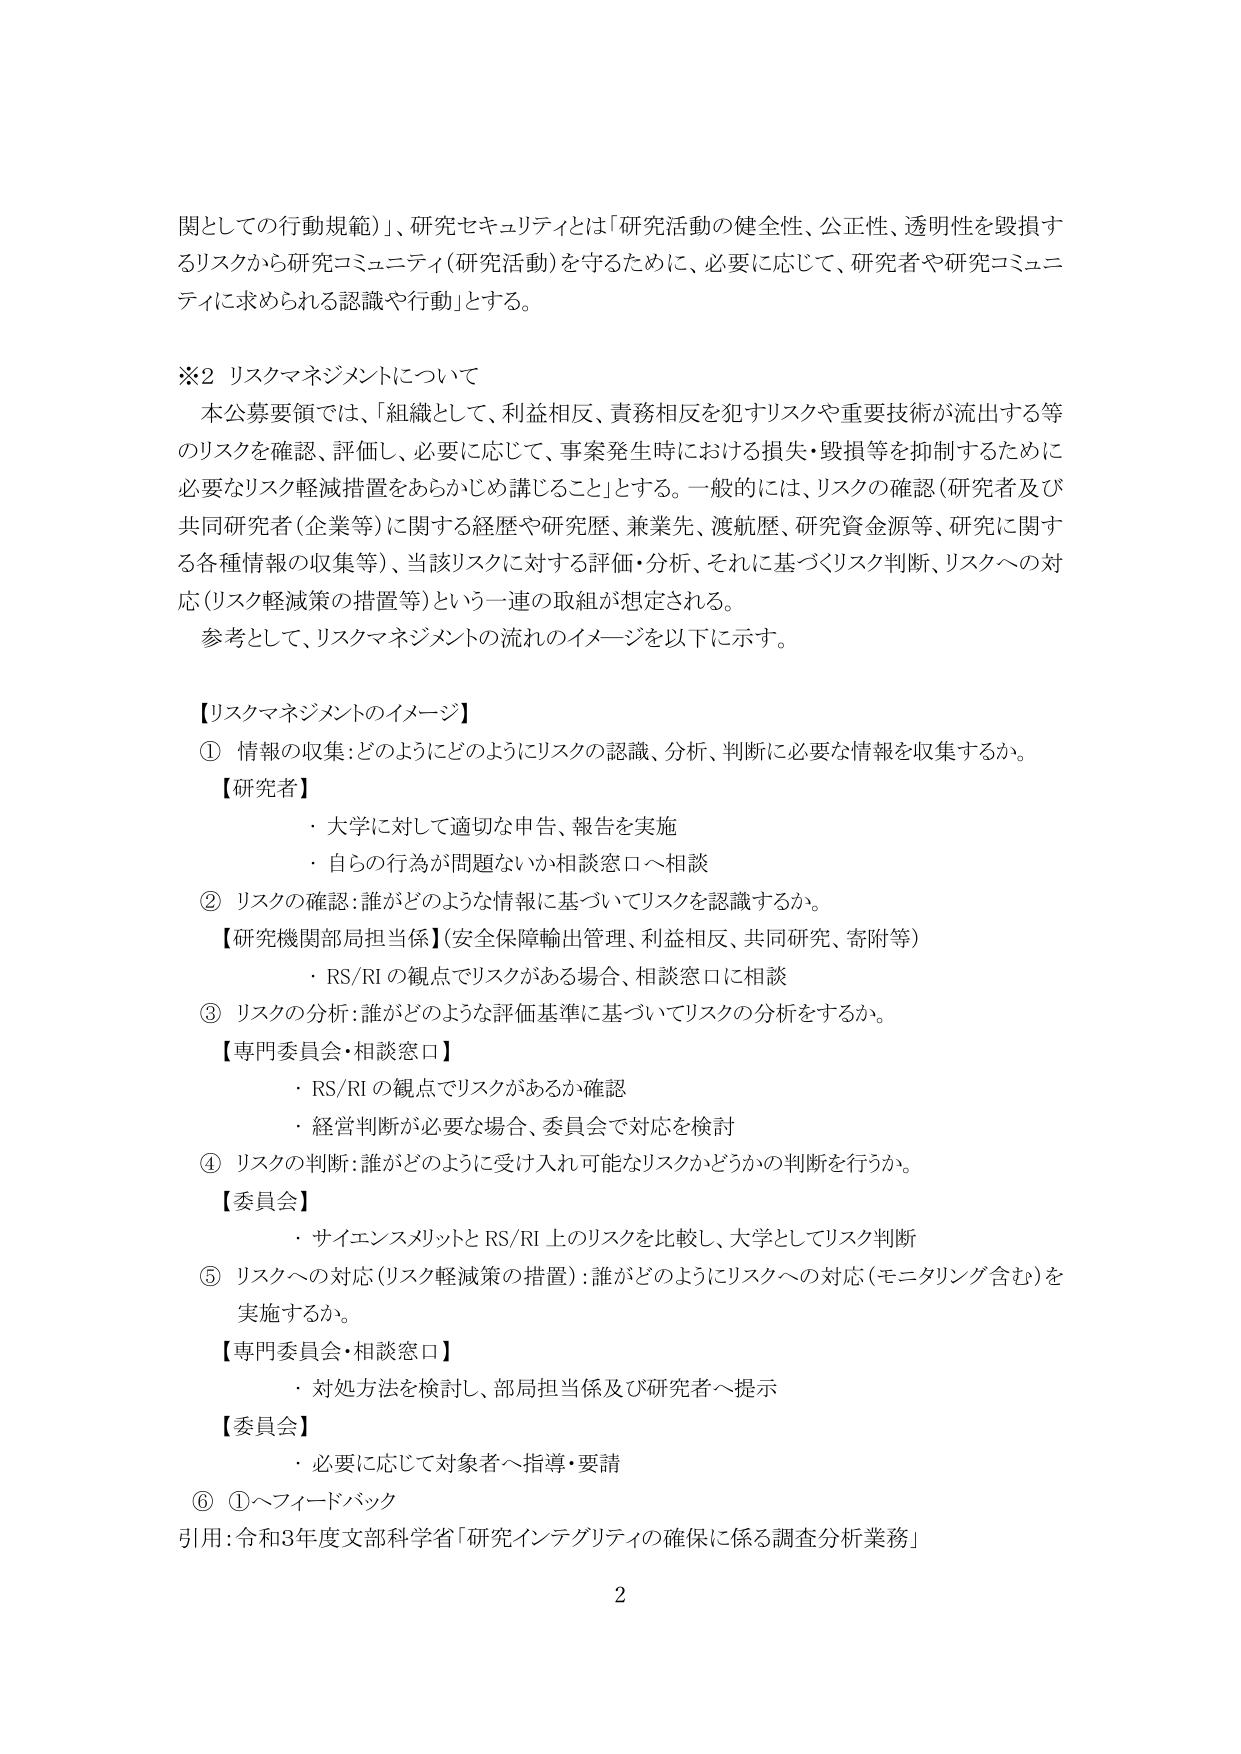
関しての行動規範）」、研究セキュリティとは「研究活動の健全性、公正性、透明性を毀損するリスクから研究コミュニティ（研究活動）を守るために、必要に応じて、研究者や研究コミュニティに求められる認識や行動」とする。

※2 リスクマネジメントについて
本公募要領では、「組織として、利益相反、責務相反を犯すリスクや重要技術が流出する等のリスクを確認、評価し、必要に応じて、事案発生時における損失・毀損等を抑制するために必要なリスク軽減措置をあらかじめ講じること」とする。一般的には、リスクの確認（研究者及び共同研究者（企業等）に関する経歴や研究歴、兼業先、渡航歴、研究資金源等、研究に関する各種情報の収集等）、当該リスクに対する評価・分析、それに基づくリスク判断、リスクへの対応（リスク軽減策の措置等）という一連の取組が想定される。
参考として、リスクマネジメントの流れのイメージを以下に示す。

【リスクマネジメントのイメージ】
① 情報の収集：どのようにどのようにリスクの認識、分析、判断に必要な情報を収集するか。
【研究者】
・大学に対して適切な申告、報告を実施
・自らの行為が問題ないか相談窓口へ相談
② リスクの確認：誰がどのような情報に基づいてリスクを認識するか。
【研究機関部局担当者】（安全保障輸出管理、利益相反、共同研究、寄附等）
・RS/RI の観点でリスクがある場合、相談窓口に相談
③ リスクの分析：誰がどのような評価基準に基づいてリスクの分析をするか。
【専門委員会・相談窓口】
・RS/RI の観点でリスクがあるか確認
・経営判断が必要な場合、委員会で対応を検討
④ リスクの判断：誰がどのように受け入れ可能なリスクかどうかの判断を行うか。
【委員会】
・サイエンスメリットと RS/RI 上のリスクを比較し、大学としてリスク判断
⑤ リスクへの対応（リスク軽減策の措置）：誰がどのようにリスクへの対応（モニタリング含む）を実施するか。
【専門委員会・相談窓口】
・対処方法を検討し、部局担当係及び研究者へ提示
【委員会】
・必要に応じて対象者へ指導・要請
⑥ ①へフィードバック
引用：令和3年度文部科学省「研究インテグリティの確保に係る調査分析業務」
2